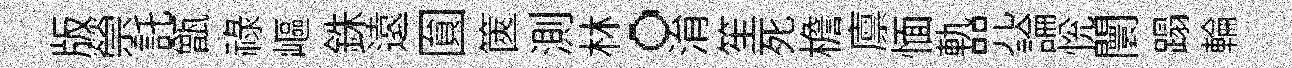
版禜託甑禄嶇銖遠圎篋測林。㳙笙死檐廪愐軌咒論恱闤蹋輪